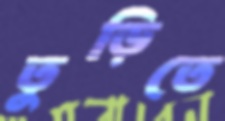
তুড়িতে